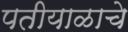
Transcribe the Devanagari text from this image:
पतीयाळाचे